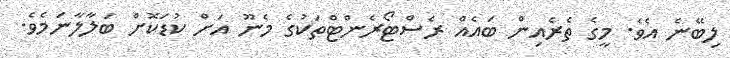
ލިބޭނެ އެވެ. މީގެ ތެރެއިން ބައެއް ރެސްޓޯރެންޓްތަކުގެ މެނޫ އަށް ކުޑަކޮށް ބަލާލާނަމެވެ.